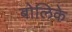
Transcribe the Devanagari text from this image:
बोलिके